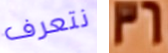
نتعرف 36